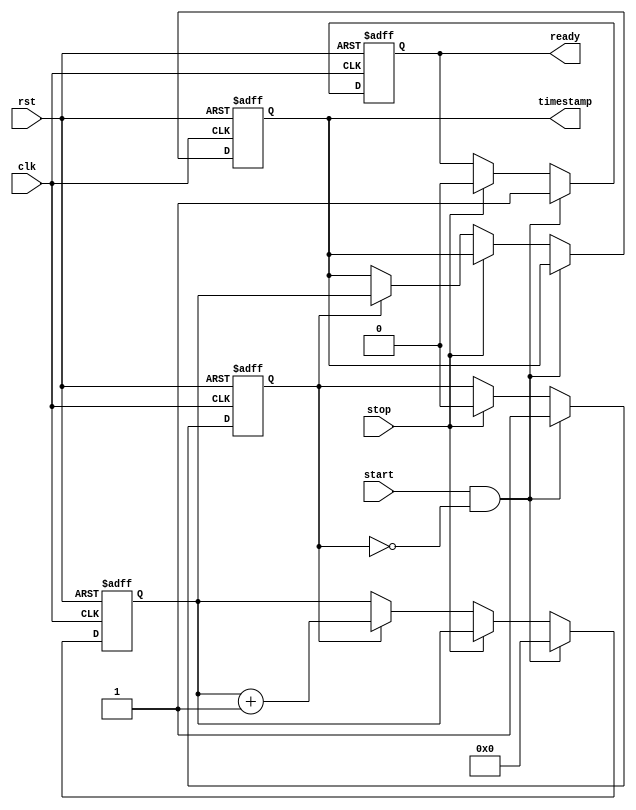
module timing_control_and_synchronization(
    input wire clk,
    input wire rst,
    input wire start,
    input wire stop,
    output reg [31:0] timestamp,
    output reg ready
);

reg [31:0] counter;
reg started;

always @(posedge clk or posedge rst) begin
    if (rst) begin
        counter <= 32'h0;
        timestamp <= 32'h0;
        started <= 1'b0;
        ready <= 1'b0;
    end else begin
        if (start && !started) begin
            counter <= 32'h0;
            started <= 1'b1;
            ready <= 1'b1;
        end else if (stop) begin
            started <= 1'b0;
            ready <= 1'b0;
        end else if (started) begin
            counter <= counter + 1;
            timestamp <= counter; 
        end
    end
end

endmodule